Annual statistical returns and brief notes on vaccination in Bengal - 1896-1909
Year: 1896
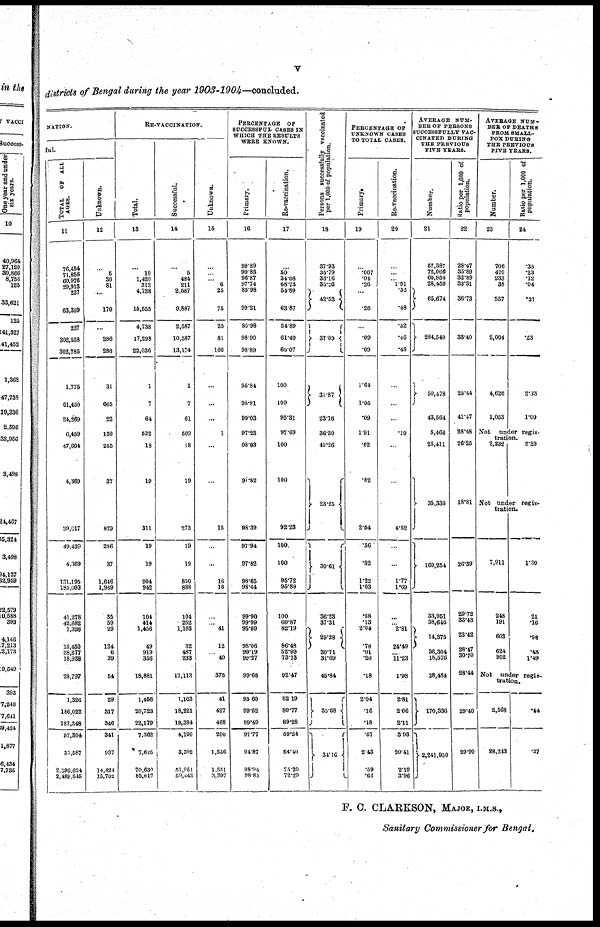
v
districts of Bengal during the year 1903-1904—concluded.
NATION.
ful.
TOTAL
OF ALL
AGES.
11
76,454
71,856
60,976
29,913
227
63,359
237
302,558
302,785
1,776
61,450
24,269
6,459
47,664
4,369
39,017
49,439
4,369
131,195
185,003
41,278
42,882
1,326
15,450 38,677
18,938
28,797
1,326
186,022
187,348
57,304
35,587
2,396,054
2,489,545
Unknown.
12
...
5
30
81
...
170
...
286
286
31
665
22
130
255
37
829
236
37
1,646
1,969
35
59
29
124
6
39
54
29
317
946
341
937
14,424
15,702
RE-VACCINATION.
Total.
13
...
10
1,420
313
4,738
15,555
4,738
17,298
22,036
1
7
64
522
18
19
311
19
19
904
942
104
414
1,456
49
919
356
18,881
1,456
20,723
22,179
7,362
7,625
70,630
85,617
Successful.
14
...
5
484
211
2,587
9,887
2,587
10,587
13,174
1
7
61
509
18
19
273
19
19
850
888
104
252
1,163
32
487
233
17,113
1,163
18,221
19,384
4,190
3,302
51,951
59,443
Unknown.
15
...
...
... 6
25
75
25
81
106
...
...
...
1
...
...
15
...
16
16
...
... 41
12
... 40
375
41
427
468
290
1,556
1,551
3,397
PERCENTAGE
OF
SUCCESSFUL CASES IN
WHICH THE RESULTS
WERE KNOWN.
Primary.
16
99.89
99.83
96.87
97.74
85.98
99.21
85.98
98.90
98.89
95.84
98.81
99.03
97.23
98.03
97.82
98.39
97.94
97.82
98.65
98.44
99.90 99.99 95.60 98.06 99.19 99.27
99.68
95.60
99.52
99.49
97.77
94.87
98.94
98.85
Re-vaccination.
17
...
50
34.08
68.73
54.89
63.87
54.89
61.49
60.07
100
100
95.31
97.69
100
100
92.23
100.
100
95.72 95.89
100
60.87
82.19
86.48
52.99
73.73
92.47
82.19
89.77
89.28
59.24
54.40
75.20
72.29
Persons successfully vaccinated
per 1,000 of population.
18
37.98 35.79 33.16 35.26 42.53
37.09
31.87
23.16
36.30
49.26
23.25
30.61
36.23
37.31
29.28
30.71
31.69
45.84
35.68
34.16
PERCENTAGE OF
UNKNOWN CASES
TO TOTAL CASES.
Primary*
19
...
.007
.04
.26
...
.26
...
.09
.09
1.64
1.05
.09
1.91
.52
.82
2.04
.56
.82
1.22
1.03
.08
.13
2.04
.78
.01
.20
.18
2.04
.16
.18
.57
2.43
.59
.62
Re-vaccination.
20
...
...
... 1.91
.52
.48
.52
.46
.48
...
...
...
.19
...
...
4.82
...
...
1.77
1.69
...
... 2.81
24.49
... 11.23
1.98
2.81
2.06
2.11
3.93
20.41
2.19
3.96
AVERAGE NUM-
BER OF PERSONS
SUCCESSFULLY VAC-
CINATED DURING
THE PREVIOUS
FIVE YEARS.
Number.
21
57,387
72,066
60,954
28,459
65,674
284,540
50,478
43,564
5,466
25,411
35,335
160,254
33,951
38,646
14,375
36,304
18,576
28,484
170,336
2,241,950
Ratio per 1,000 of
population.
22
28.47
35.89
32.89
33.31
36.73
33.40
25.44
41.47
28.48
26.25
18.81
26.39
29.72
33.43
23.42
28.47 30.70
28.44
29.40
29.99
AVERAGE NUM-
BER OF DEATHS
FROM SMALL-
POX DURING
THE PREVIOUS
FIVE YEARS.
Number.
23
706
470
233
38
557
2,004
4,626
1,053
Ratio per 1,000 of
population.
24
.35
.23
.12
.04
.31
.23
2.33
1.00
Not
under regis-
tration.
2,232
2.30
Not under regis-
tration.
7,911
248
191
603
624
902
1.30
21
.16
.98
.48
1.49
Not
under regis-
tration.
2,568
28,243
.44
.37
F. C. CLARKSON, MAJOR, I.M.S.,
Sanitary Commissioner for Bengal.